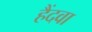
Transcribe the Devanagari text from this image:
हैंदवा